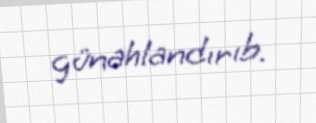
günahlandırıb.